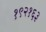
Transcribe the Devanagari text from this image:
१९२१६३